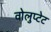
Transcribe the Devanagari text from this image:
वोलुप्टेट